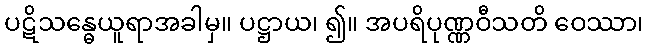
ပဋိသန္ဓေယူရာအခါမှ။ ပဋ္ဌာယ၊ ၍။ အပရိပုဏ္ဏဝီသတိ ဝေဿာ၊